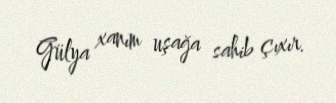
Gülya xanım uşağa sahib çıxır.